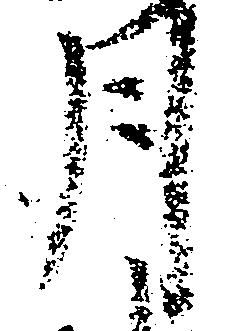
月